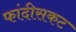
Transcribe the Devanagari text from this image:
फांदीसकट